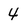
Character: 4